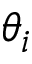
\theta _ { i }